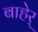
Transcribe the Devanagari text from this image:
बाहेर्